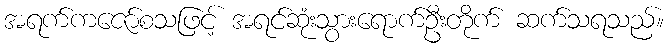
အရက်ကဇော်စသဖြင့် အရင်ဆုံးသွားရောက်ဦးတိုက် ဆက်သရသည်။